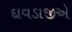
દાવડાજીએ